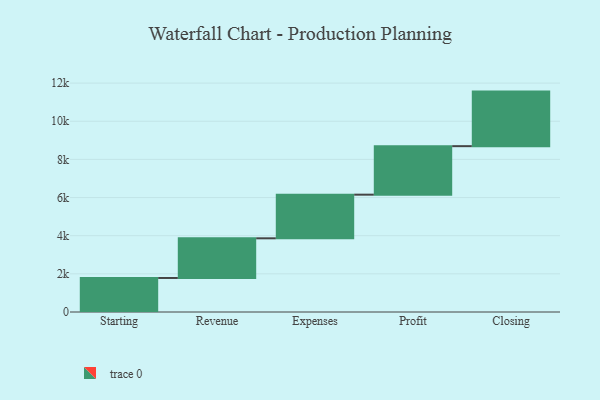
{"axis": {"x": "Step", "y": "Value"}, "legend": [""], "data": [{"x": "Starting", "y": 1784.0, "type": ""}, {"x": "Revenue", "y": 2079.0, "type": ""}, {"x": "Expenses", "y": 2288.0, "type": ""}, {"x": "Profit", "y": 2543.0, "type": ""}, {"x": "Closing", "y": 2860.0, "type": ""}]}